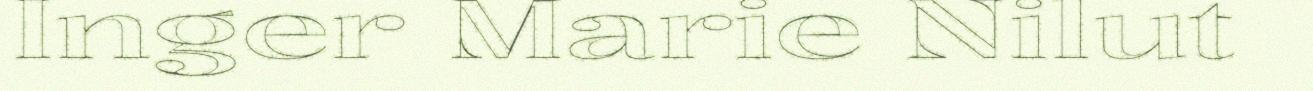
Inger Marie Nilut